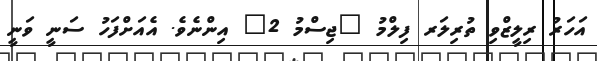
އަހަރު ރިލީޒްވި ތުރިލަރ ފިލްމު "ޖިސްމު 2" އިންނެވެ. އެއަށްފަހު ސަނީ ވަނީ